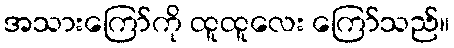
အသားကြော်ကို ထူထူလေး ကြော်သည်။